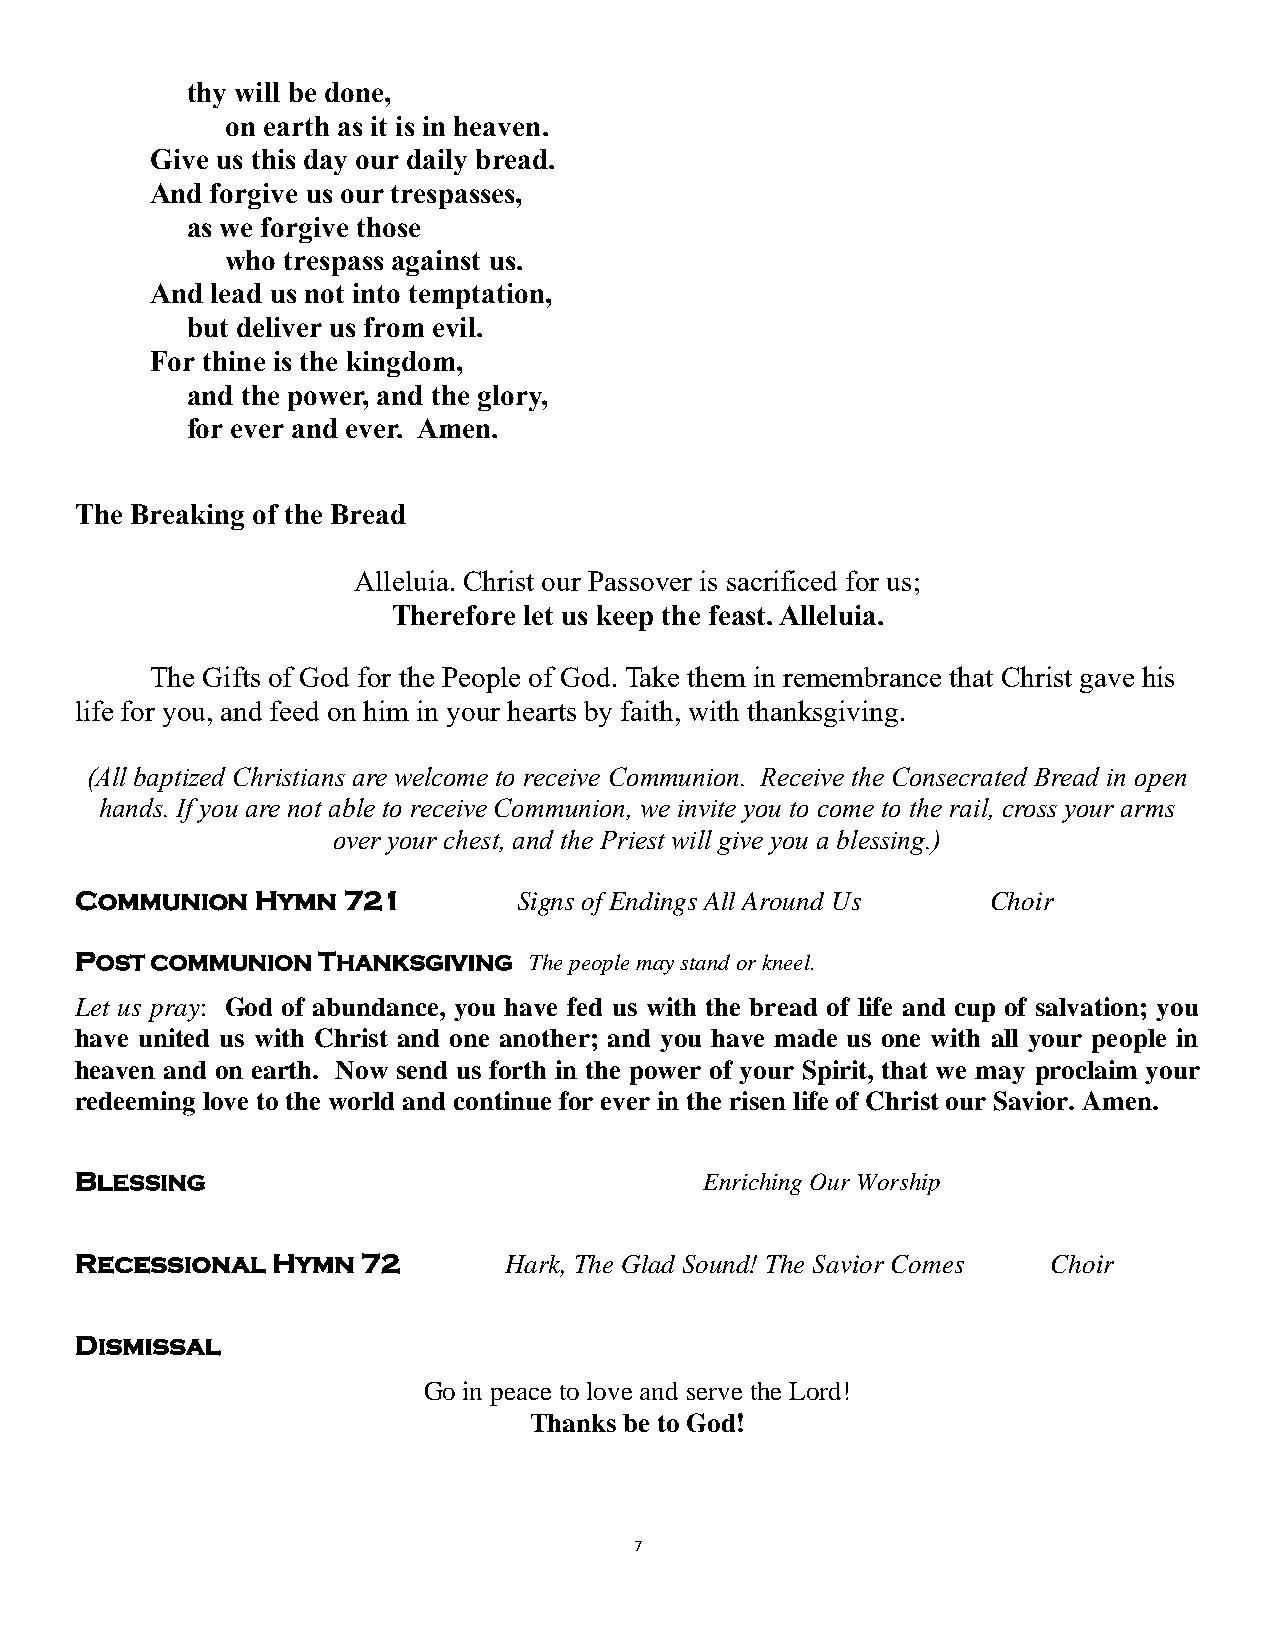
thy will be done,
 on earth as it is in heaven.
 Give us this day our daily bread.
 And forgive us our trespasses,
 as we forgive those
 who trespass against us.
 And lead us not into temptation,
 but deliver us from evil.
 For thine is the kingdom,
 and the power, and the glory,
 for ever and ever. Amen.
 The Breaking of the Bread
 Alleluia. Christ our Passover is sacrificed for us;
 Therefore let us keep the feast. Alleluia.
 The Gifts of God for the People of God. Take them in remembrance that Christ gave his
 life for you, and feed on him in your hearts by faith, with thanksgiving.
 (All baptized Christians are welcome to receive Communion. Receive the Consecrated Bread in open
 hands. If you are not able to receive Communion, we invite you to come to the rail, cross your arms
 over your chest, and the Priest will give you a blessing.)
 Communion   Hymn  721        Signs of Endings All Around Us  Choir
 POST COMMUNION  THANKSGIVING  The people may stand or kneel.
 Let us pray: God of abundance, you have fed us with the bread of life and cup of salvation; you
 have united us with Christ and one another; and you have made us one with all your people in
 heaven and on earth. Now send us forth in the power of your Spirit, that we may proclaim your
 redeeming love to the world and continue for ever in the risen life of Christ our Savior. Amen.
 BLESSING
 Enriching Our Worship
 Recessional  Hymn  72       Hark, The Glad Sound! The Savior Comes Choir
 Dismissal
 Go in peace to love and serve the Lord!
 Thanks be to God!
 7